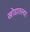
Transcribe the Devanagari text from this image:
खोडातल्या